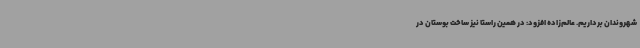
شهروندان برداریم. عالم‌زاده افزود: در همین راستا نیز ساخت بوستان در